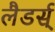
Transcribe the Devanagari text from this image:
लैडर्स्